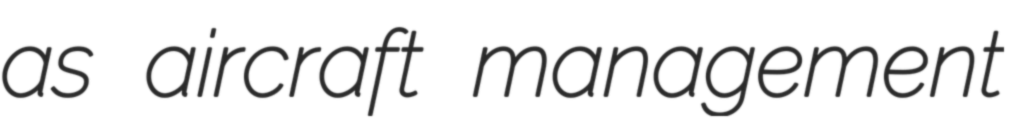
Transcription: as aircraft management